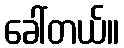
ခေါ်တယ်။